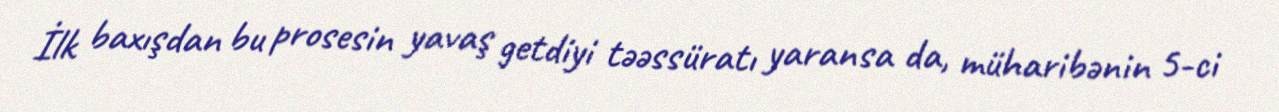
İlk baxışdan bu prosesin yavaş getdiyi təəssüratı yaransa da, müharibənin 5-ci